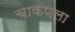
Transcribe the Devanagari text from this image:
चाकणला